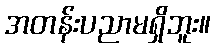
အတန်းပညာမရှိဘူး။